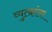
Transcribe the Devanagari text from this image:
व्युत्क्रांता